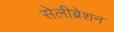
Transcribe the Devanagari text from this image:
सेलीब्रेशन